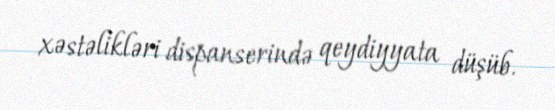
xəstəlikləri dispanserində qeydiyyata düşüb.